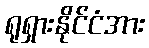
ရုရှားနိုင်ငံအား